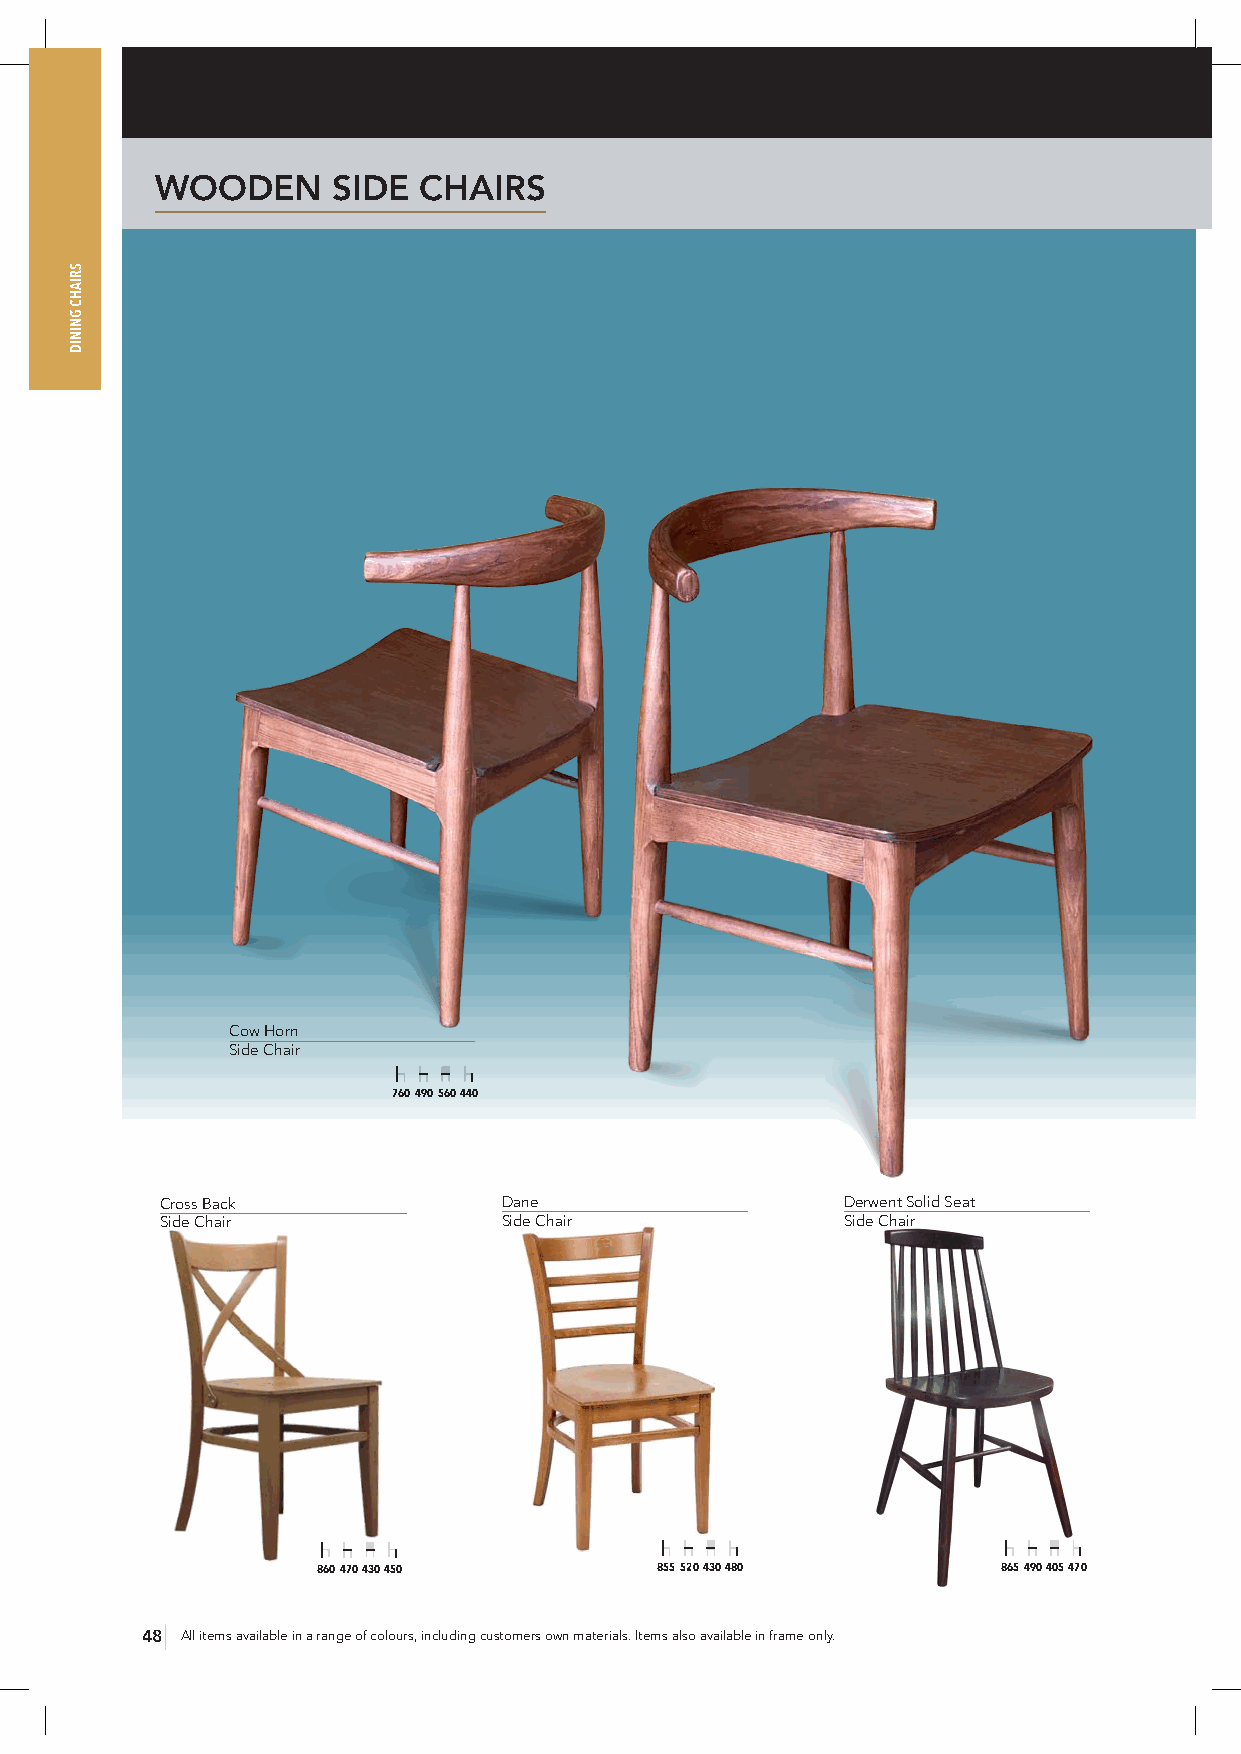
WOODEN      SIDE  CHAIRS
 Cow Horn
 Side Chair
 760 490 560 440
 Cross Back            Dane                   Derwent Solid Seat
 Side Chair            Side Chair             Side Chair
 860 470 430 450       855 520 430 480        865 490 405 470
 48 All items available in a range of colours, including customers own materials. Items also available in frame only.
 SRIAHC
 GNINID